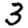
Digit: 3